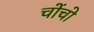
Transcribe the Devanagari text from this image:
चोंचो